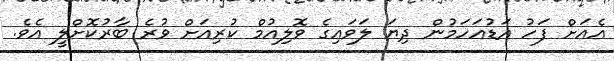
އެއަށް ފަހު އަޑުއަހަމުން ދިޔަ ލަވައިގެ ވޮލިއުމް ކުރިއަށް ވުރެ ބާރުކޮށްލީ އެވެ.